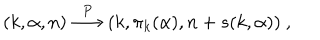
( k , \alpha , n ) \stackrel { P } { \longrightarrow } ( k , \pi _ { k } ( \alpha ) , n + s ( k , \alpha ) ) ~ ,